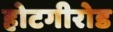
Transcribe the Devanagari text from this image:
होटगीरोड